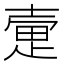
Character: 𫯃